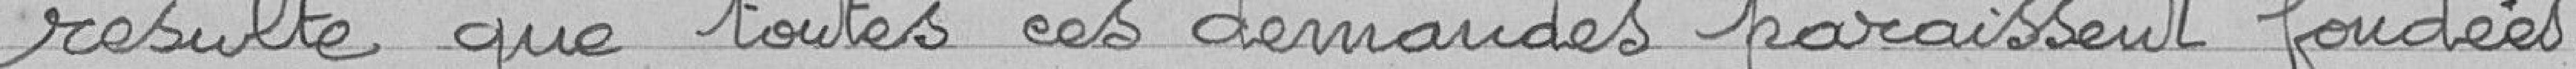
résulte que toutes ces demandes paraissent fondées.